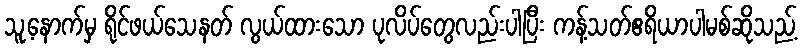
သူ့နောက်မှ ရိုင်ဖယ်သေနတ် လွယ်ထားသော ပုလိပ်တွေလည်းပါပြီး ကန့်သတ်ဧရိယာပါမစ်ဆိုသည့်